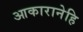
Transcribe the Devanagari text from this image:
आकारानेहि